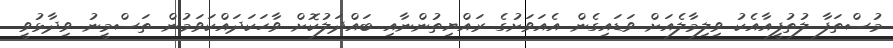
މުސްތަފާ ލުތުފީއާއެކު ވިލިމާލެއަށް ވަޑައިގެން އެއަވަށުގެ ރައްޔިތުންނާއި ބައްދަލުކޮށް ވާހަކަދައްކަވަމުން ތަސްމީނު ވިދާޅުވީ